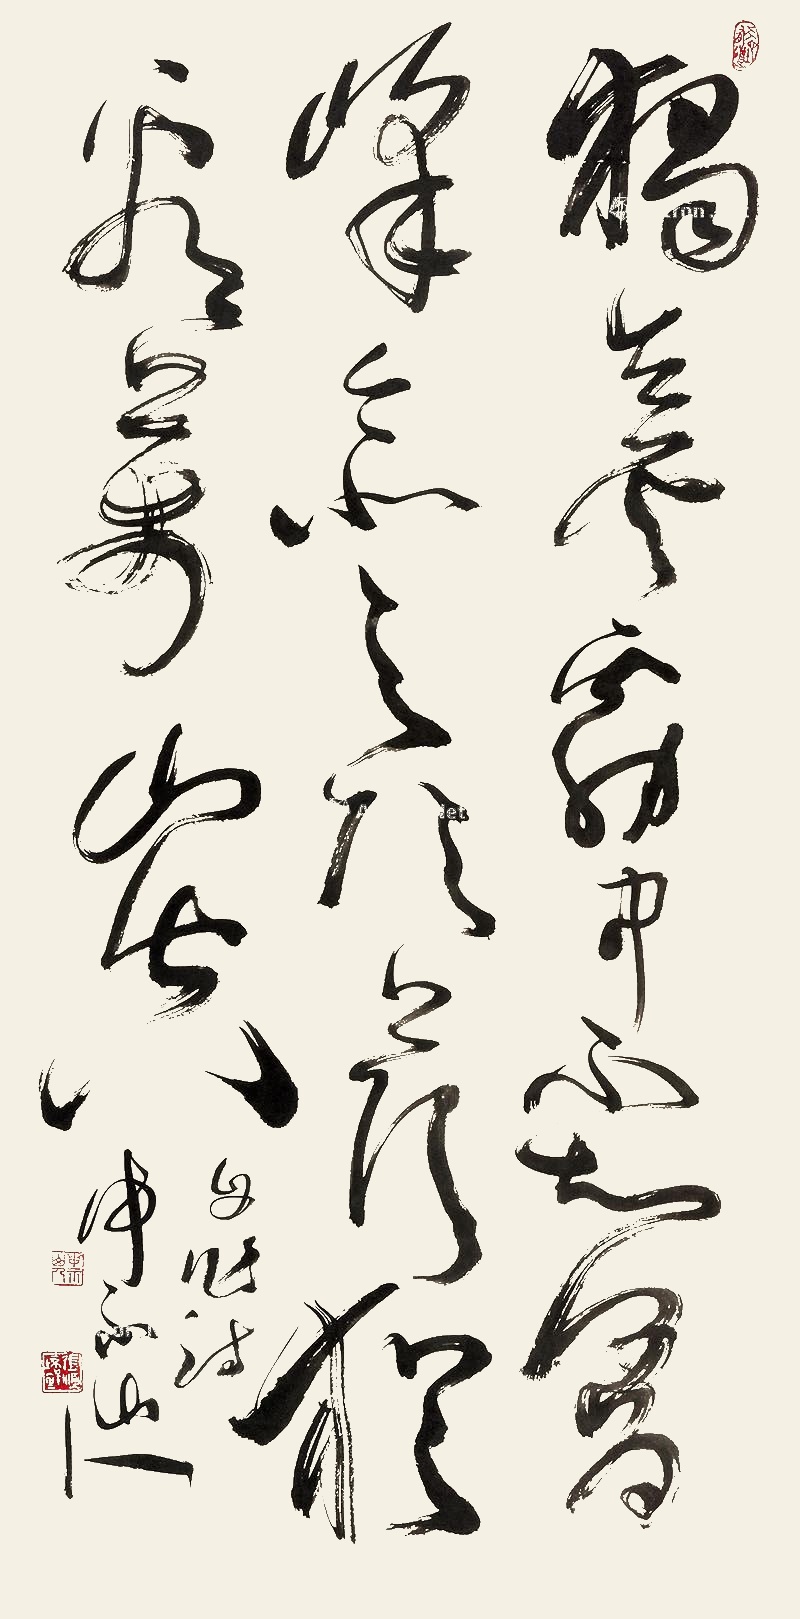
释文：自作诗：独立云雾中，不知何为峰，今登顶上顶，犹看万山空。